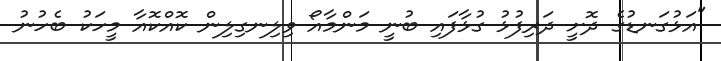
"އަޅުގަނޑުގެ ދޮށީ ދަރިފުޅު ގުޅާފައި ބުނީ މަންމާއޯ ވިލިނގިލިން ކޮއްކޮއާ މީހަކު ބެހުނު